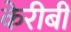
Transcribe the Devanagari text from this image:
केरीबी